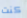
كنت